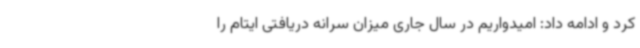
کرد و ادامه داد: امیدواریم در سال جاری میزان سرانه دریافتی ایتام را